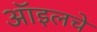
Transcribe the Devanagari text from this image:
ऑइलचे